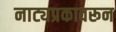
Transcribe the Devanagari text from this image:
नाट्यप्रकावरून